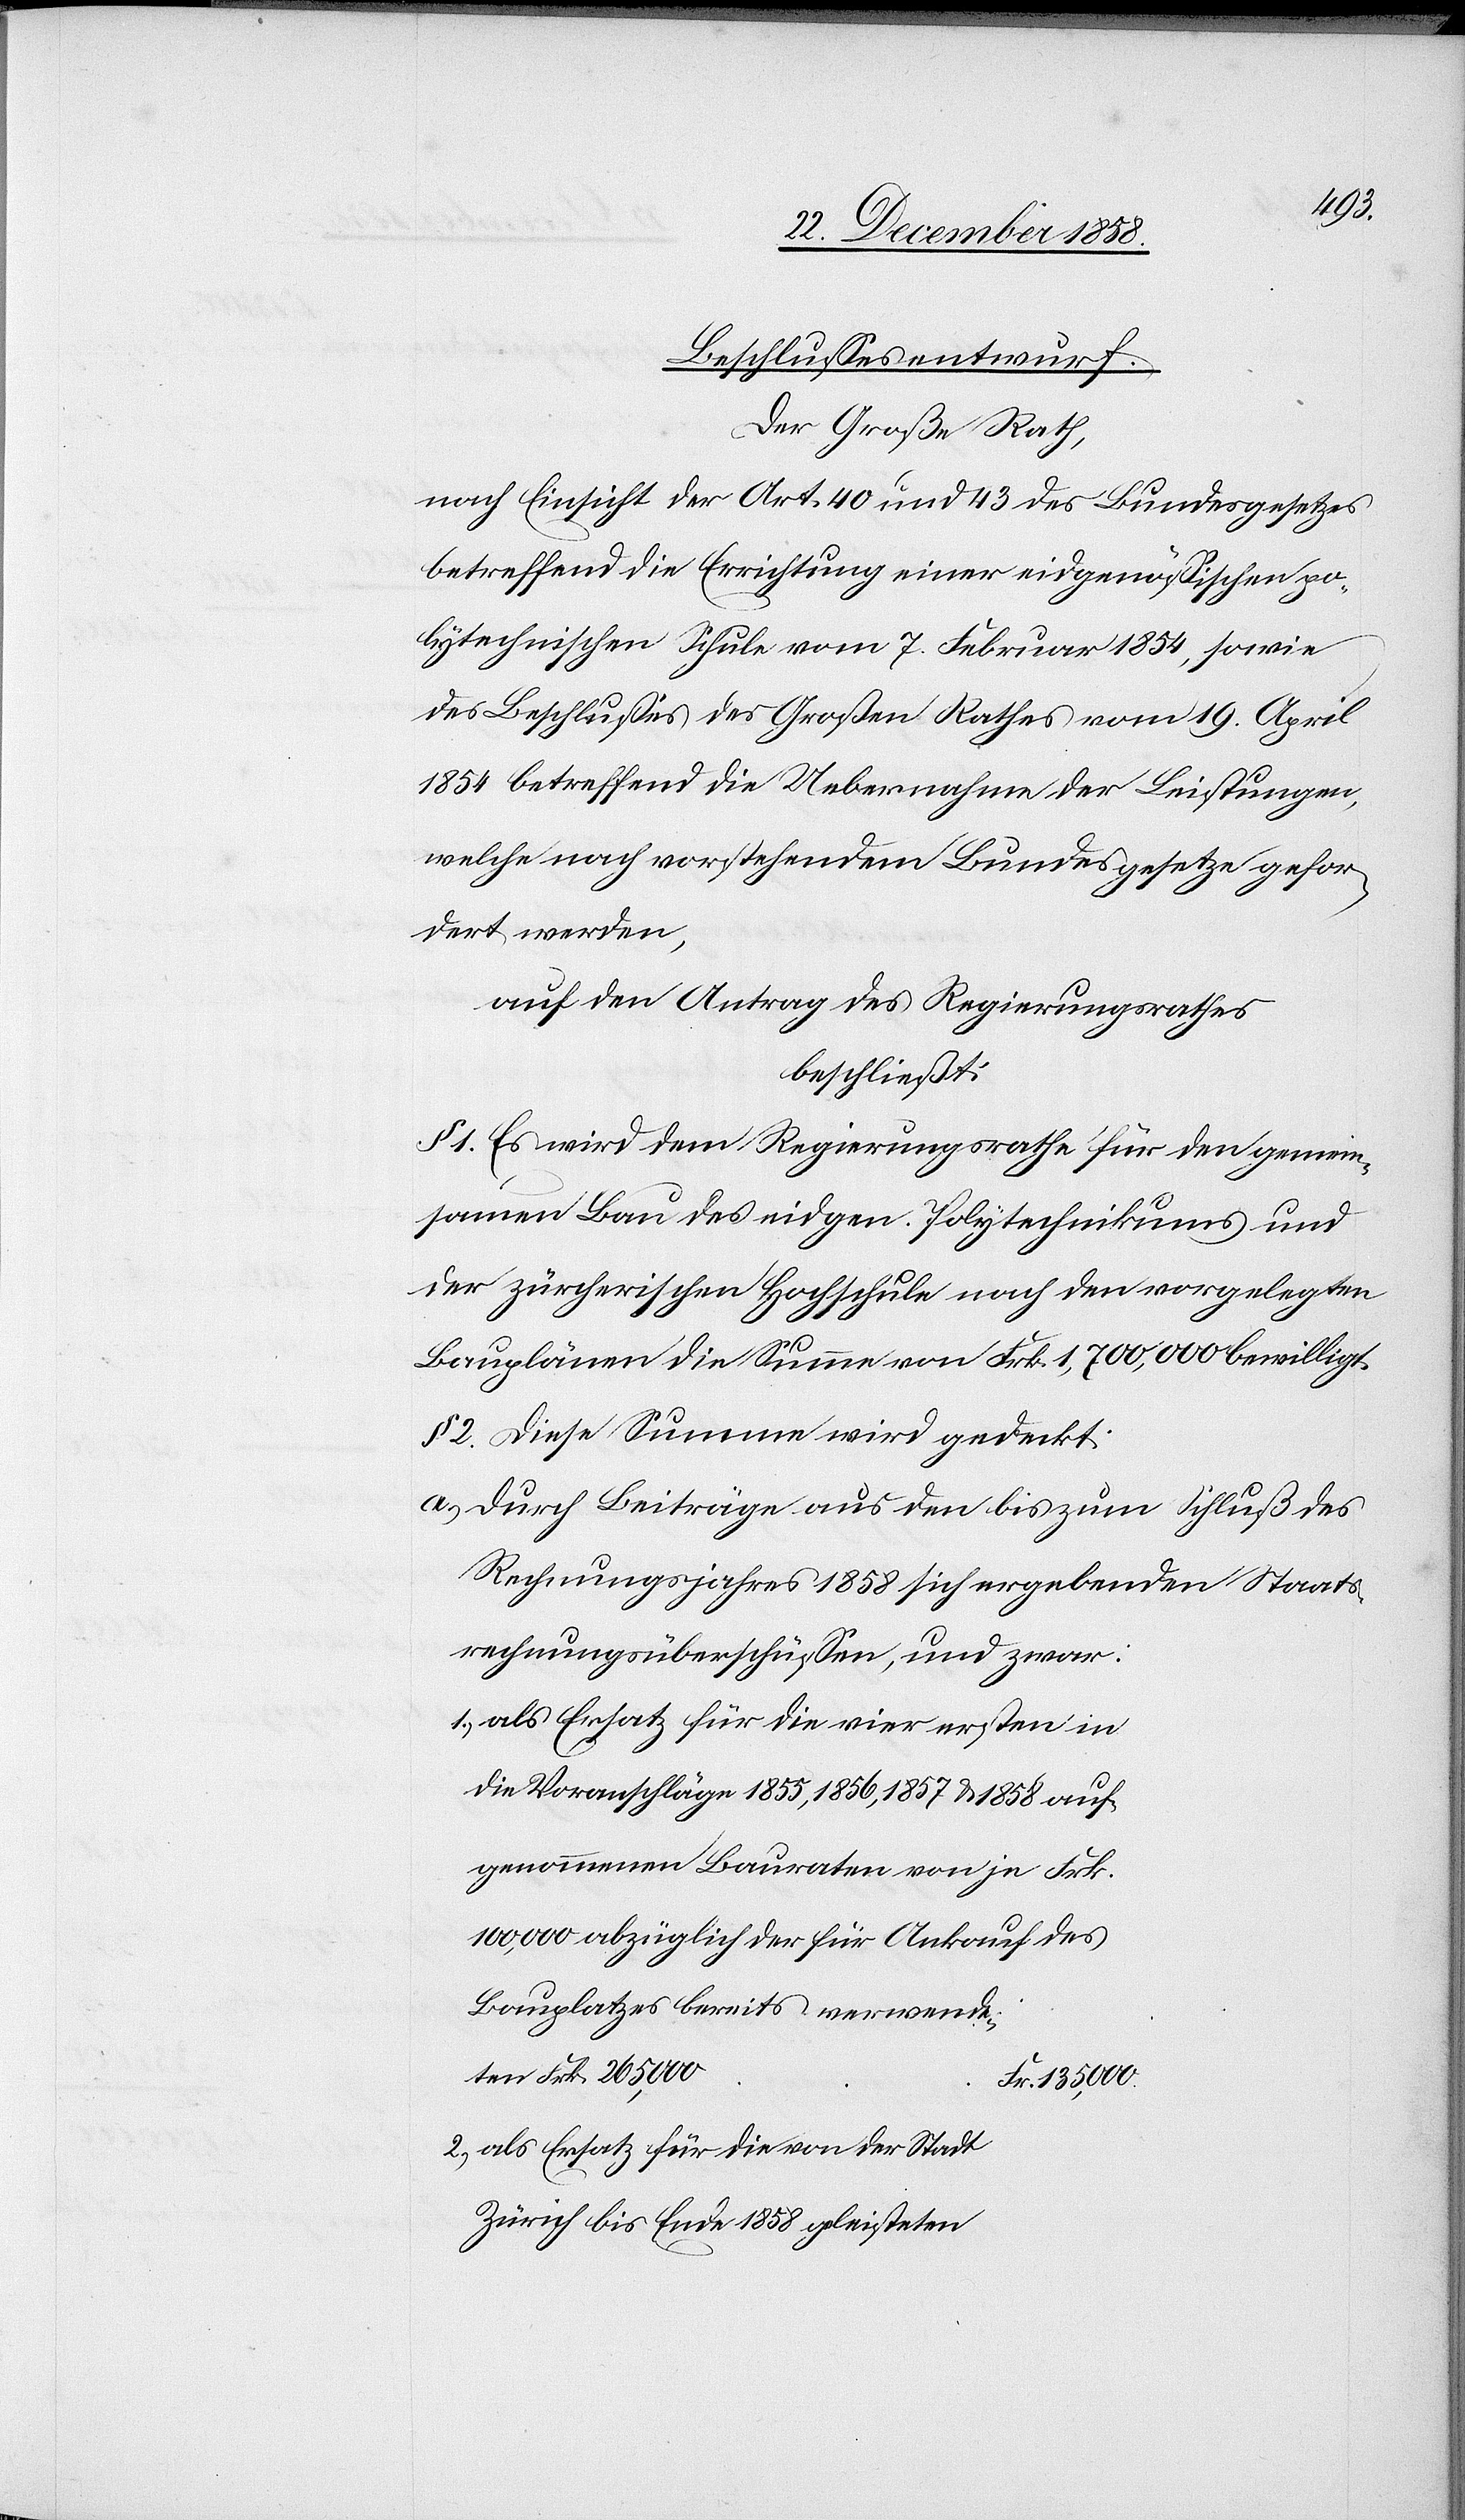
175